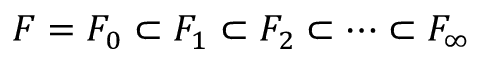
F = F _ { 0 } \subset F _ { 1 } \subset F _ { 2 } \subset \cdots \subset F _ { \infty }